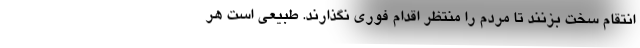
انتقام سخت بزنند تا مردم را منتظر اقدام فوری نگذارند. طبیعی است هر